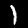
Digit: 1